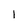
Character: 1